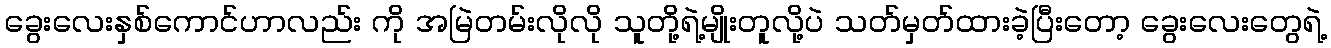
ခွေးလေးနှစ်ကောင်ဟာလည်း ကို အမြဲတမ်းလိုလို သူတို့ရဲ့မျိုးတူလို့ပဲ သတ်မှတ်ထားခဲ့ပြီးတော့ ခွေးလေးတွေရဲ့